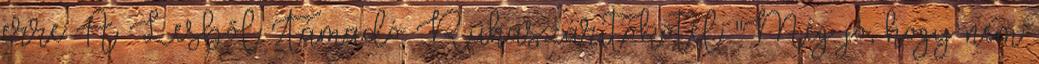
erre A Lesből Támadó Ruhaszárítókötél: "Még jó, hogy nem